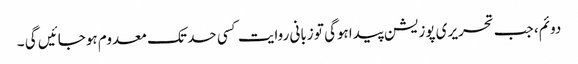
دوئم، جب تحریری پوزیشن پیداہوگی تو زبانی روایت کسی حد تک معدوم ہوجائیں گی ۔